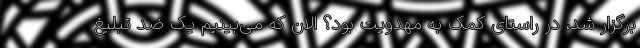
برگزار شد، در راستای کمک به مهدویت بود؟ الان که می‌بینیم یک ضد تبلیغ